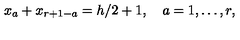
x _ { a } + x _ { r + 1 - a } = h / 2 + 1 , \quad a = 1 , \ldots , r ,